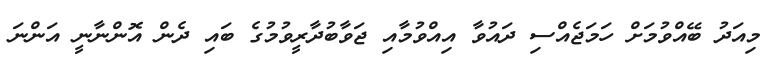
މިއަދު ބޭއްވުމަށް ހަމަޖެެއްސި ދައުވާ އިއްވުމާއި ޖަވާބުދާރީވުމުގެ ބައި ދެން އޮންނާނީ އަންނަ